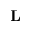
\mathbf { L }